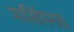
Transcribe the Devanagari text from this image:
मार्सियनस